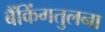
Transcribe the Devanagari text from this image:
बैंकिंगतुलना